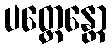
ပတ္ထေန္တော